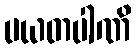
ပယတပါဏိ